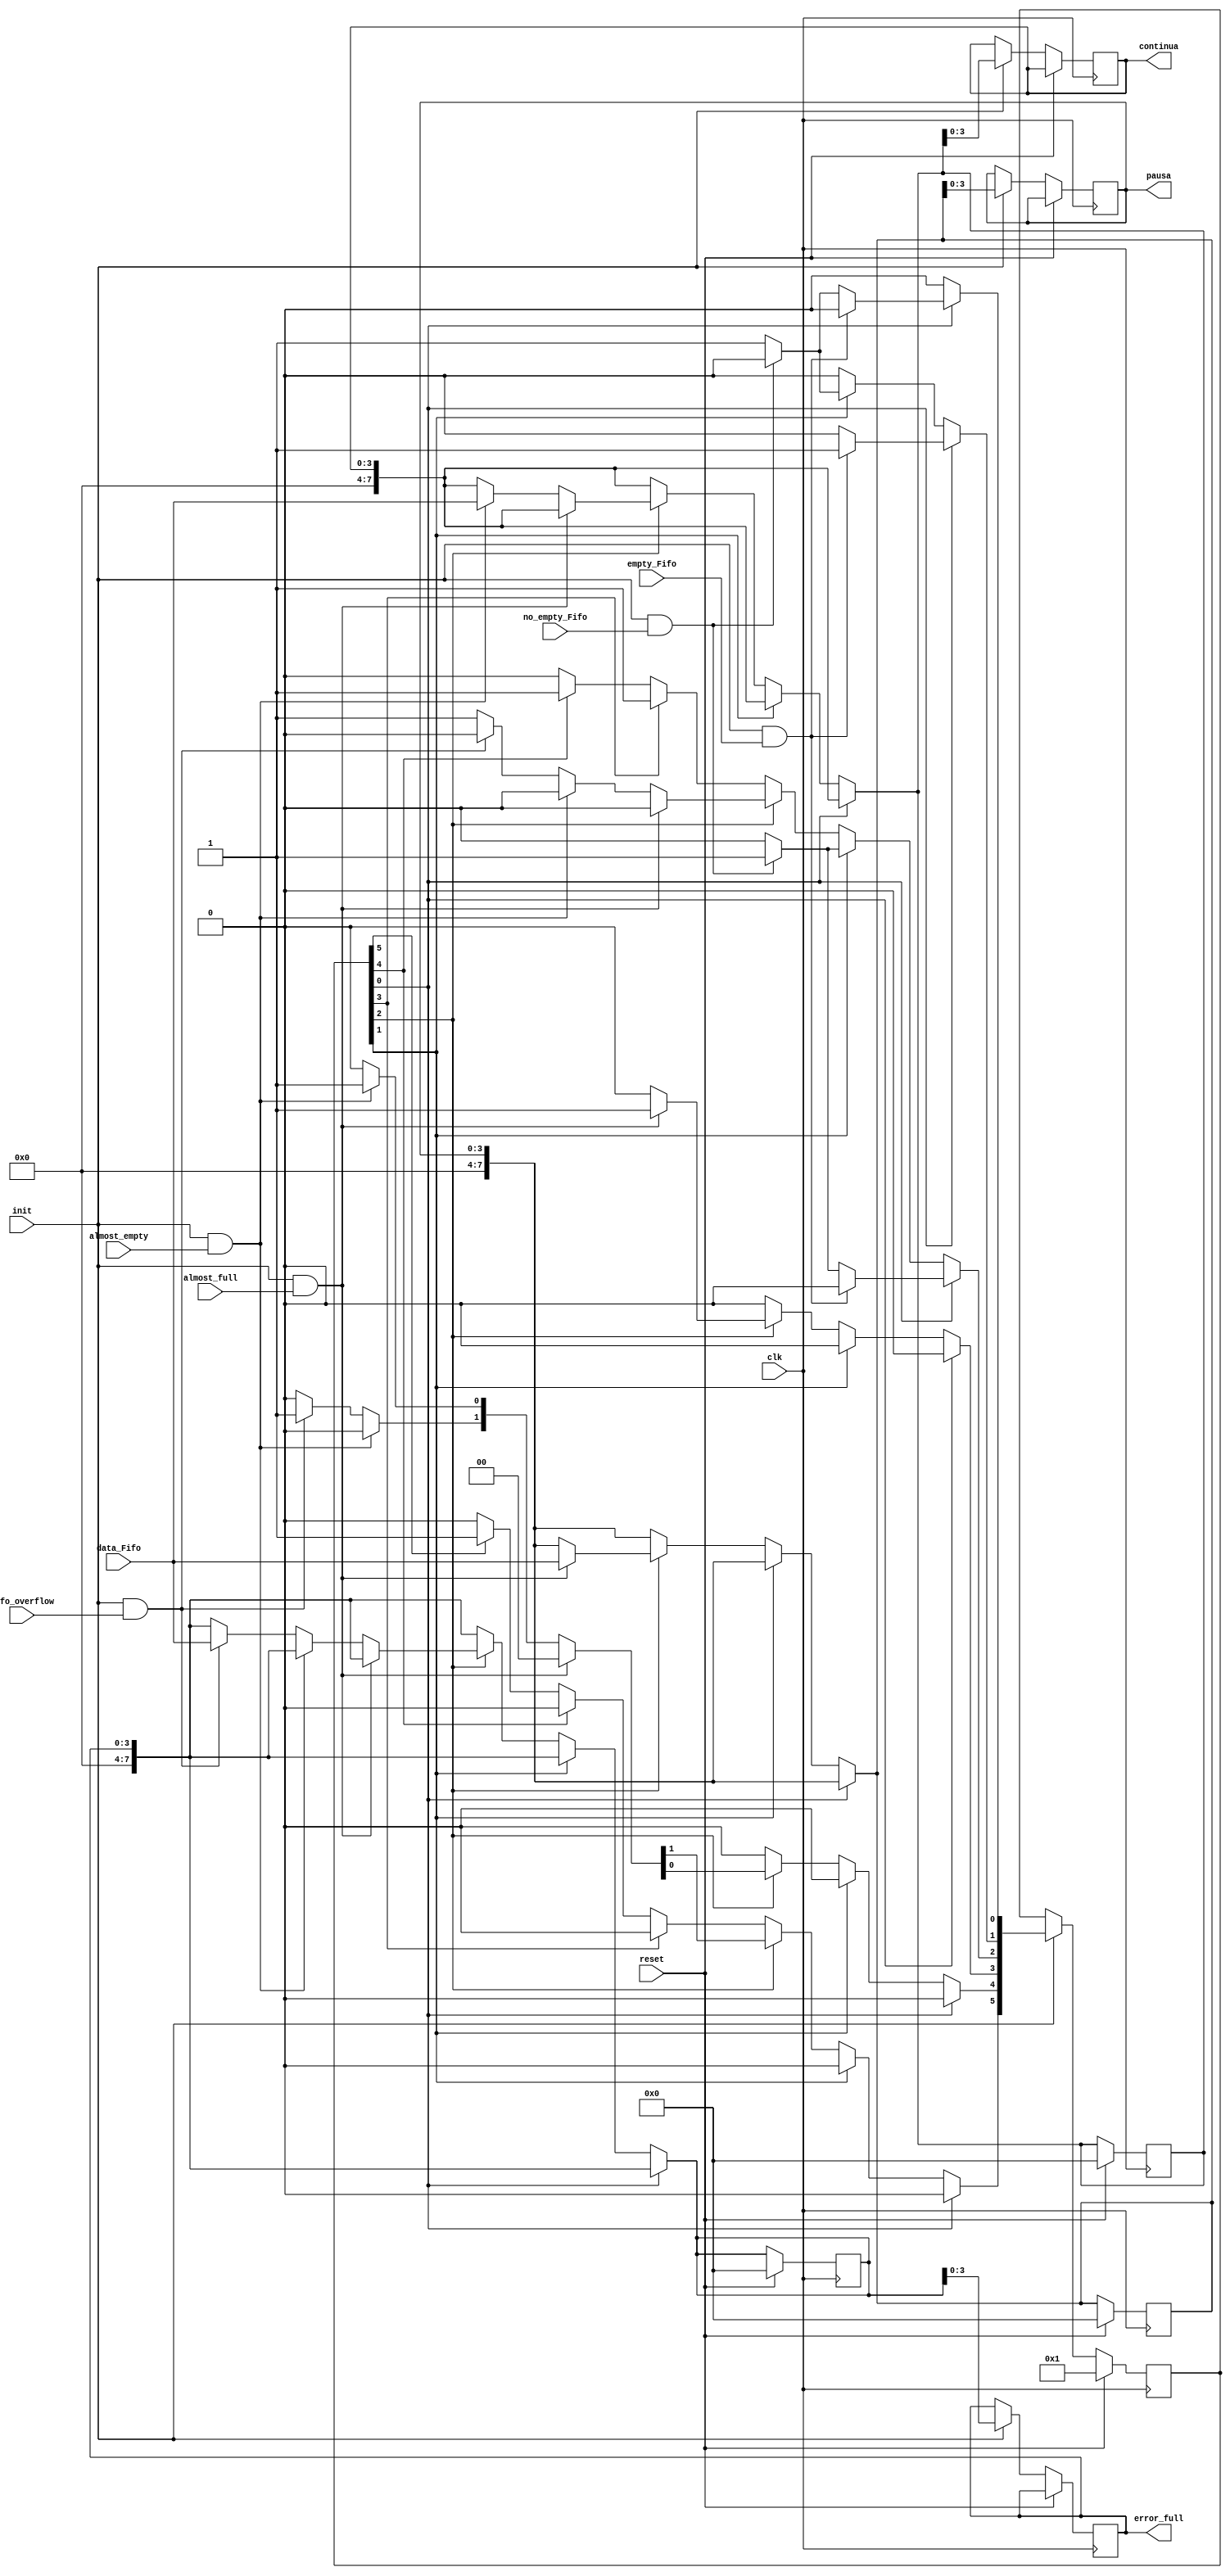
//Proyecto #2 Circuitos Digitales 2//
module FSM( input clk, reset, init, almost_full, almost_empty, empty_Fifo, no_empty_Fifo, Fifo_overflow,
	output reg [3:0] error_full, pausa, continua,
	input [7:0] data_Fifo);
	
	reg [5:0] state, next_state;
	
	reg [7:0] error_full_next, pausa_next, continua_next; //Evitar Latches

//Indice de registro de los 6 estados,
 parameter [5:0] Estado_Reset = 0,
		 Idle = 1,
		 Active = 2,
		 Pause = 3,
		 Continue =4,
		 Error = 5;

//Bloque de Flip Flops
 	always @(posedge clk) begin
	if(reset)begin
	  state <= 6'b1;
	  error_full_next <= 4'b0;
	  pausa_next <= 4'b0;
	  continua_next <= 4'b0;
	
	end else if(init) begin 
	  state <= next_state;  //evitar latches
	  error_full<=error_full_next;
	  pausa<= pausa_next;
	  continua<= continua_next;
		
	end
		end	

// Bloque de asignacion de los estados y sus transiciones.
 always@(*) begin
	next_state = 6'b0;
	error_full_next = error_full; //SIN LATCHES
	pausa_next = pausa;
	continua_next = continua;
	
	case (1'b1)

		state[Estado_Reset]: if(init && empty_Fifo) begin next_state [Idle] = 1'b1;				


			      	end else if(init && no_empty_Fifo) begin  next_state [Active] = 1'b1;
					
			end else begin next_state [Estado_Reset] = 1'b1;
				end
	
					
		state[Idle]: if(init && no_empty_Fifo) begin next_state [Active] = 1'b1;

										
				
			      end else begin  next_state [Idle] = 1'b1;

						
				end
		
		state[Active]: if(init && almost_full)begin  next_state [Pause] = 1'b1;
			
						pausa_next=data_Fifo;

			      end else if(init && almost_empty) begin  next_state [Continue] = 1'b1;

						continua_next=data_Fifo;

					end else if(init && Fifo_overflow) begin next_state [Error] = 1'b1;

						error_full_next=data_Fifo;

					end else begin next_state [Active] = 1'b1;
						end
		
		state[Pause]: if(init)  begin next_state [Active] = 1'b1;
				
					end else begin next_state [Pause] = 1'b1;
						end
					
      		
		state[Continue]: if(init) begin next_state [Active] = 1'b1;
		
					end else begin next_state [Continue] = 1'b1;
							end	
				
		state[Error]: if(reset) begin next_state [Estado_Reset] = 1'b1;

					end else begin next_state [Error] = 1'b1;
						end
	endcase
end
endmodule